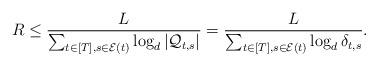
LaTeX: \begin{align*}R \leq \frac{L}{\sum_{t\in[T],s\in\mathcal{E}(t)}\log_d |\mathcal{Q}_{t,s}|} = \frac{L}{\sum_{t\in[T],s\in\mathcal{E}(t)}\log_d \delta_{t,s}}.\end{align*}